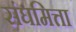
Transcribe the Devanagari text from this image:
संघमित्ता